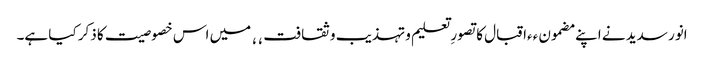
انور سدید نے اپنے مضمون ٫٫اقبال کا تصورِ تعلیم و تہذیب و ثقافت٬٬ میں اس خصوصیت کا ذکر کیا ہے۔